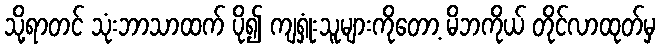
သို့ရာတင် သုံးဘာသာထက် ပို၍ ကျရှုံးသူများကိုတော့ မိဘကိုယ် တိုင်လာထုတ်မှ